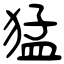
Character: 猛